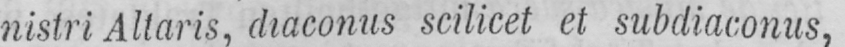
nistri Altaris, diaconus scilicet et subdiaconus,